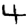
Digit: 4